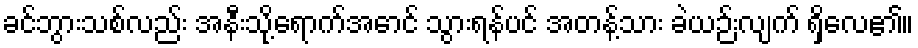
ခင်ဘွားသစ်လည်း အနီးသို့ရောက်အောင် သွားရန်ပင် အတန့်သား ခဲယဉ်းလျက် ရှိလေ၏။